Scientific memoirs by medical officers of the Army of India - Part IV,
Year: 1889
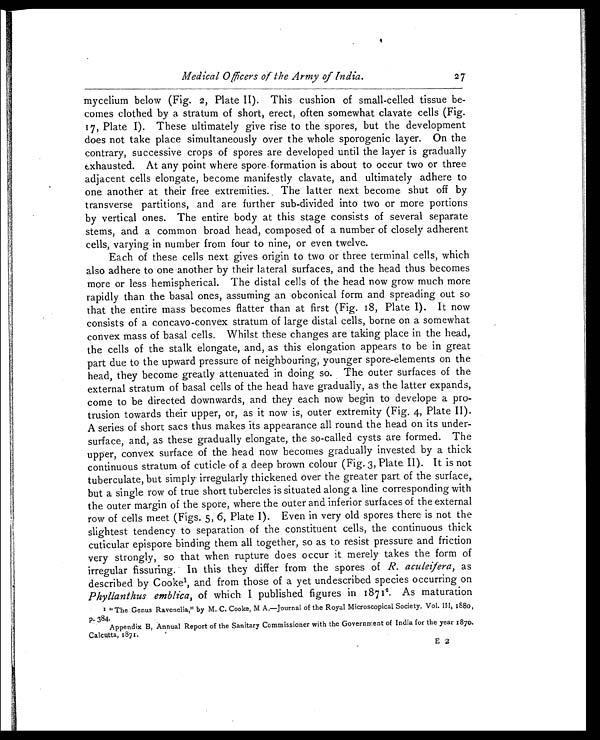
Medical Officers of the Army of India.
27
mycelium below (Fig. 2, Plate II). This cushion of small-celled tissue be-
comes clothed by a stratum of short, erect, often somewhat clavate cells (Fig.
17, Plate I). These ultimately give rise to the spores, but the development
does not take place simultaneously over the whole sporogenic layer. On the
contrary, successive crops of spores are developed until the layer is gradually
exhausted. At any point where spore formation is about to occur two or three
adjacent cells elongate, become manifestly clavate, and ultimately adhere to
one another at their free extremities. The latter next become shut off by
transverse partitions, and are further sub-divided into two or more portions
by vertical ones. The entire body at this stage consists of several separate
stems, and a common broad head, composed of a number of closely adherent
cells, varying in number from four to nine, or even twelve.
Each of these cells next gives origin to two or three terminal cells, which
also adhere to one another by their lateral surfaces, and the head thus becomes
more or less hemispherical. The distal cells of the head now grow much more
rapidly than the basal ones, assuming an obconical form and spreading out so
that the entire mass becomes flatter than at first (Fig. 18, Plate. I). It now
consists of a concavo-convex stratum of large distal cells, borne on a somewhat
convex mass of basal cells. Whilst these changes are taking place in the head,
the cells of the stalk elongate, and, as this elongation appears to be in great
part due to the upward pressure of neighbouring, younger spore-elements on the
head, they become greatly attenuated in doing so. The outer surfaces of the
external stratum of basal cells of the head have gradually, as the latter expands,
come to be directed downwards, and they each now begin to develope a pro-
trusion towards their upper, or, as it now is, outer extremity (Fig. 4, Plate II).
A series of short sacs thus makes its appearance all round, the head on its under-
surface, and, as these gradually elongate, the so-called cysts are formed. The
upper, convex surface of the head now becomes gradually invested by a thick
continuous stratum of cuticle of a deep brown colour (Fig. 3, Plate. II). It is not
tuberculate, but simply irregularly thickened over the greater part of the surface,
but a single row of true short tubercles is situated along a line corresponding with
the outer margin of the spore, where the outer and inferior surfaces of the external
row of cells meet (Figs. 5, 6, Plate I). Even in very old spores there is not the
slightest tendency to separation of the constituent cells, the continuous thick
cuticular epispore binding them all together, so as to resist pressure and friction
very strongly, so that when rupture does occur it merely takes the form of
irregular fissuring. In this they differ from the spores of R. aculeifera,a s
described by Cooke1 , and from those of a yet undescribed species occurring on
Phyllanthus emblica, of which I published figures in 18712. As maturation
1 "The Genus Ravenelia," by M. C. Cooke, M A.—Journal of the Royal Microscopical Society. Vol. III, 1880,
p. 384.
Appendix B, Annual Report of the Sanitary Commissioner with the Government of India for the year 1870.
Calcutta, 1871.
E 2